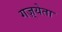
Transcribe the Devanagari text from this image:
गज़्येता